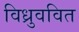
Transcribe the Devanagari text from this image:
विध्रुववित